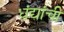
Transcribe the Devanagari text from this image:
धंद्यांची